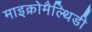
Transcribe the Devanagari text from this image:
माइक्रोमैल्थिडी